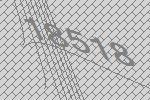
18518